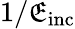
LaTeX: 1/\mathfrak{E}_{\mathrm{{inc}}}